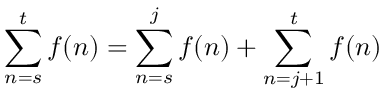
\sum _ { n = s } ^ { t } f ( n ) = \sum _ { n = s } ^ { j } f ( n ) + \sum _ { n = j + 1 } ^ { t } f ( n ) \quad